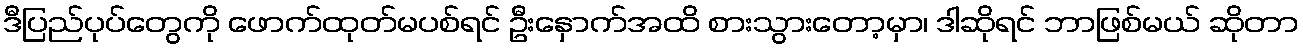
ဒီပြည်ပုပ်တွေကို ဖောက်ထုတ်မပစ်ရင် ဦးနှောက်အထိ စားသွားတော့မှာ၊ ဒါဆိုရင် ဘာဖြစ်မယ် ဆိုတာ